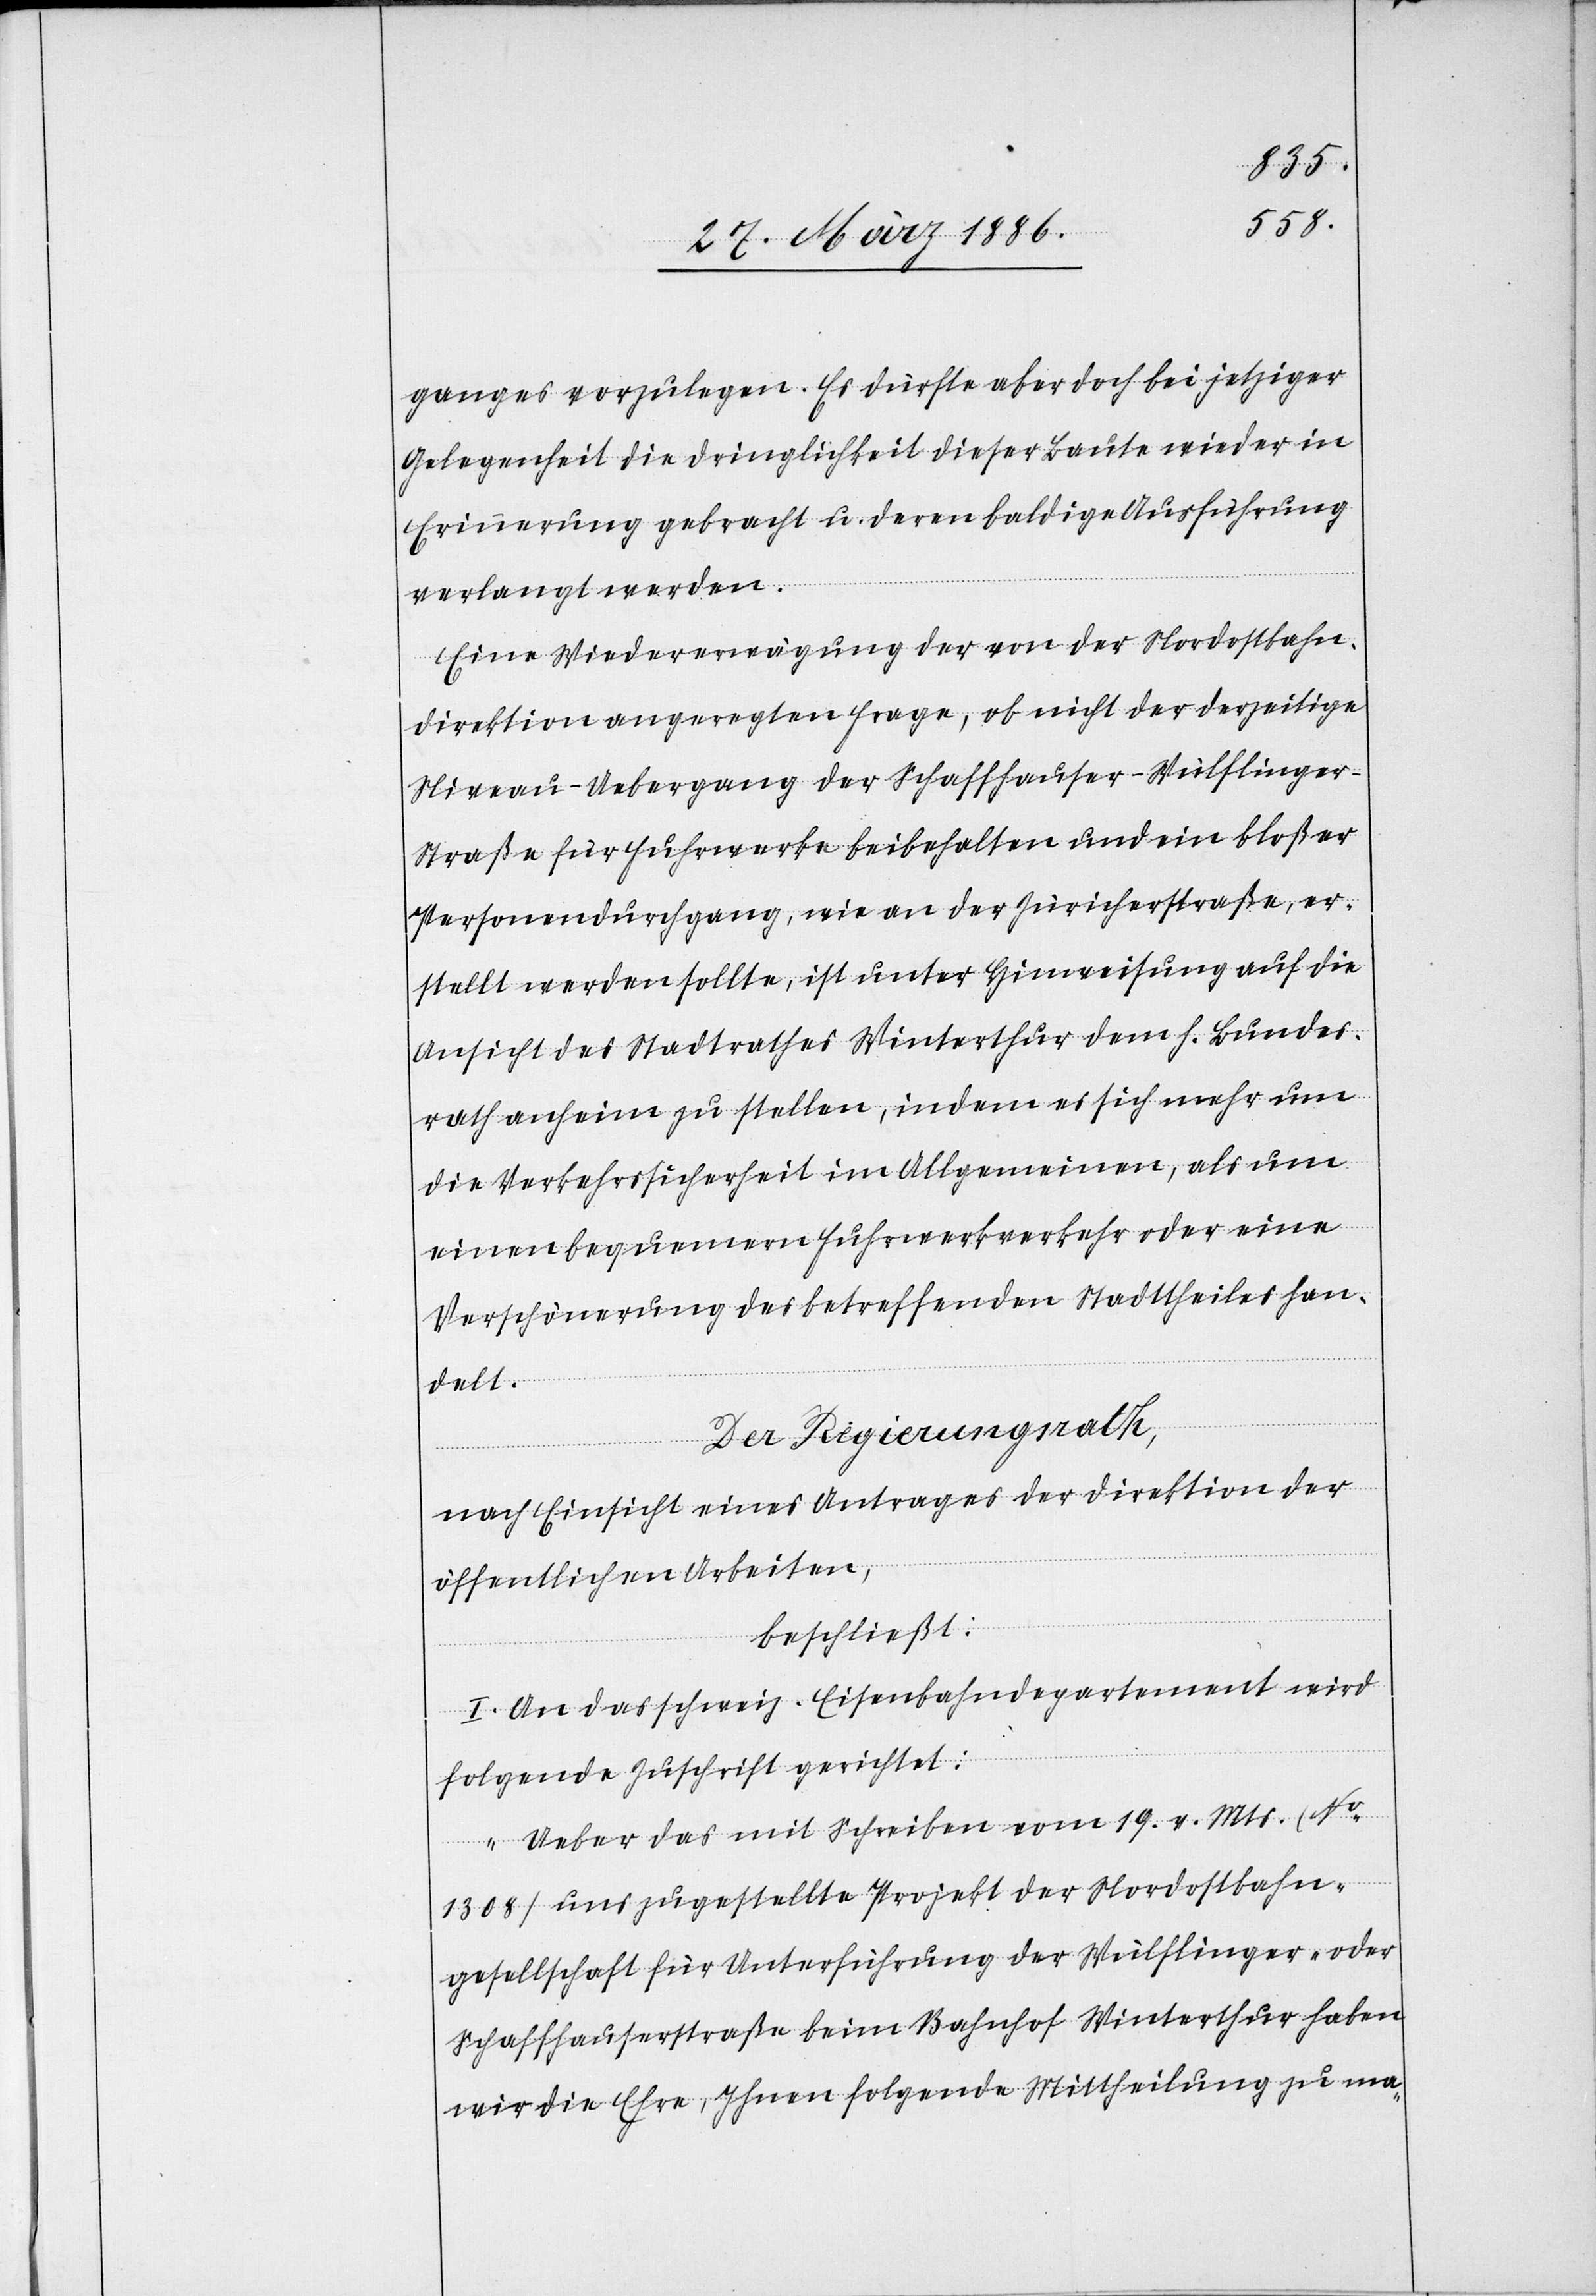
ganges vorzulegen. Es dürfte aber doch bei jetziger
Gelegenheit die Dringlichkeit dieser Baute wieder in
Erinnerung gebracht u. deren baldige Ausführung
verlangt werden.
Eine Wiedererwägung der von der Nordostbahn¬
direktion angerechten Frage, ob nicht der derzeitige
Niveau-Uebergang der Schaffhauser-Wülflinger¬
straße für Fuhrwerke beibehalten und ein bloßer
Personendurchgang, wie an der Züricherstraße, er¬
stellt werden sollte, ist unter Hinweisung auf die
Ansicht des Stadtrathes Winterthur dem h. Bundes¬
rath anheim zu stellen, indem es sich mehr um
die Verkehrssicherheit im Allgemeinen, als um
einen bequemeren Fuhrwerkverkehr oder eine
Verschönerung des betreffenden Stadtteiles han¬
delt.
Der Regierungsrath,
nach Einsicht eines Antrages der Direktion der
öffentlichen Arbeiten,
beschließt:
I. An das schweiz. Eisenbahndepartement wird
folgende Zuschrift gerichtet:
„Ueber das mit Schreiben vom 19. v. Mts. (No.
1308) uns zugestellte Projekt der Nordostbahn¬
gesellschaft für Unterführung der Wülflinger- oder
Schaffhauserstraße beim Bahnhof Winterthur haben
wir die Ehre, Ihnen folgende Mittheilung zu ma-